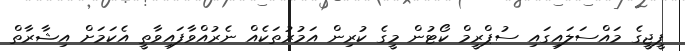
ޕީޖީގެ މައްސަލައިގައި ސުޕްރީމް ކޯޓުން މީގެ ކުރިން އަމުރުތަކެއް ނެރުއްވާފައިވާތީ އެކަމަށް އިޝާރާތް